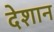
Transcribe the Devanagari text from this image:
देशान